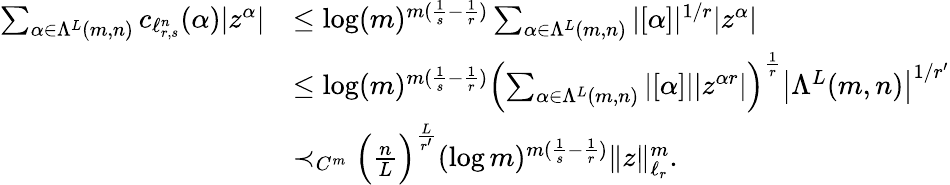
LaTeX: \begin{array}{rl}{\sum_{\alpha\in\Lambda^{L}(m,n)}c_{\ell_{r,s}^{n}}(\alpha)|z^{\alpha}|}&{\le\log(m)^{m(\frac 1{s}-\frac 1{r})}\sum_{\alpha\in\Lambda^{L}(m,n)}|[\alpha]|^{1/r}|z^{\alpha}|}\\ &{\le\log(m)^{m(\frac 1{s}-\frac 1{r})}\left(\sum_{\alpha\in\Lambda^{L}(m,n)}|[\alpha]||z^{\alpha r}|\right)^{\frac{1}{r}}\left|\Lambda^{L}(m,n)\right|^{1/r^{\prime}}}\\ &{\prec_{C^{m}}\Big(\frac{n}{L}\Big)^{\frac{L}{r^{\prime}}}(\log m)^{m(\frac 1{s}-\frac 1{r})}\| z\| _{\ell_{r}}^{m}.}\end{array}